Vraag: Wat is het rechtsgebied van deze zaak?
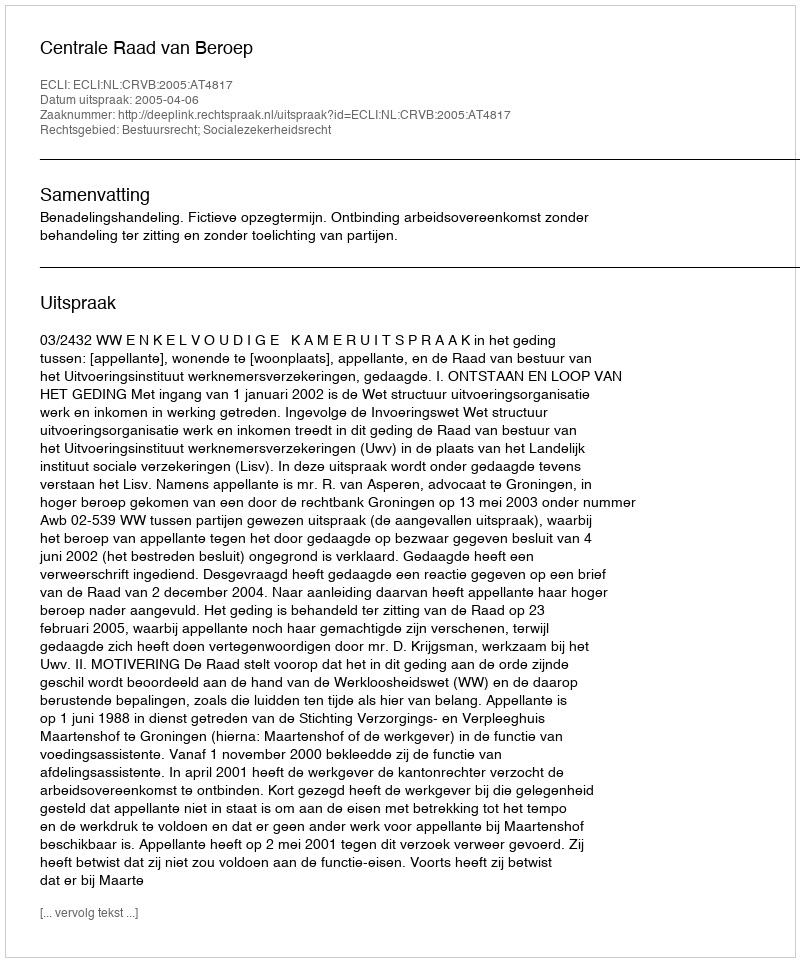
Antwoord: Bestuursrecht; Socialezekerheidsrecht